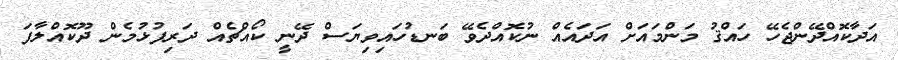
އަދާކޮއްދޭންޖެހޭ ހައްޤު މަންމައަށް އަދައެއް ނުކޮއްދެވޭ ބަނޑުހައިވިޔަސް ދޭނީ ކޯއްޗެއް ދަރިފުޅުމެން ދޫކޮއްލާފަ